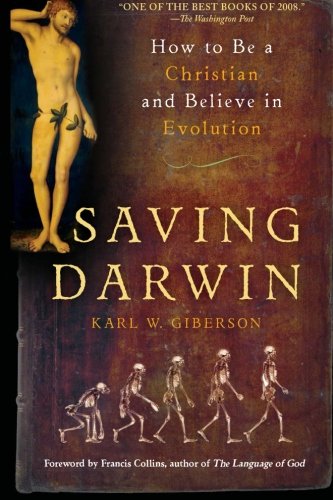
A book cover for Saving Darwin: How to Be a Christian and Believe in Evolution; Karl Giberson; Christian Books & Bibles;